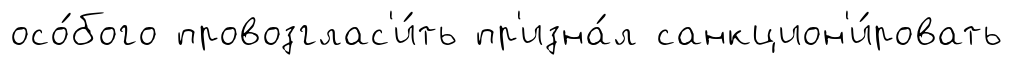
осо́бого провозглас'и́ть пр'изна́л санкцион'и́ровать